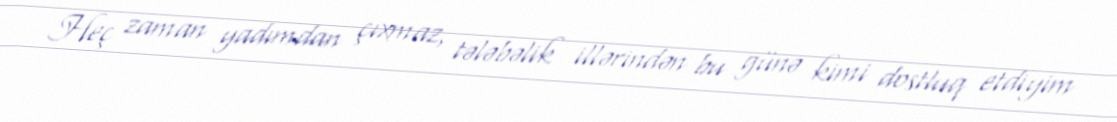
Heç zaman yadımdan çıxmaz, tələbəlik illərindən bu günə kimi dostluq etdiyim